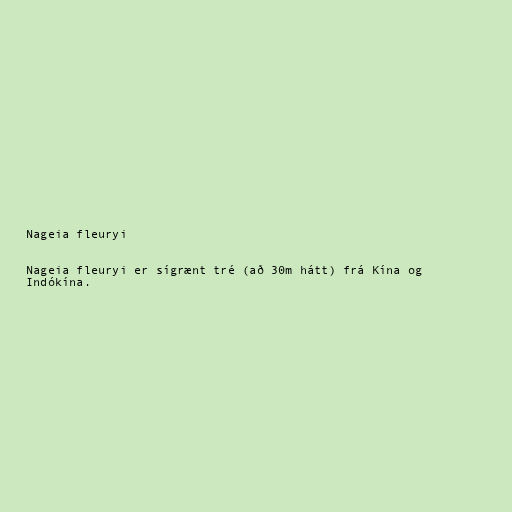
Nageia fleuryi

Nageia fleuryi er sígrænt tré (að 30m hátt) frá Kína og
Indókína.